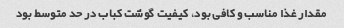
مقدار غذا مناسب و کافی بود، کیفیت گوشت کباب در حد متوسط بود